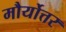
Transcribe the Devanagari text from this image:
मौर्योत्तर